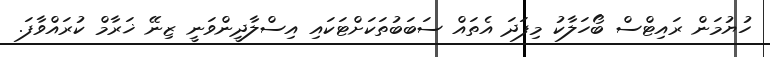
ހުޔުމަން ރައިޓްސް ބޯހަލާކު މިފަދަ އެތައް ސަބަބުތަކަށްޓަކައި އިސްލާދީންވަނީ ޒިނޭ ޚަރާމް ކުރައްވާފަ.